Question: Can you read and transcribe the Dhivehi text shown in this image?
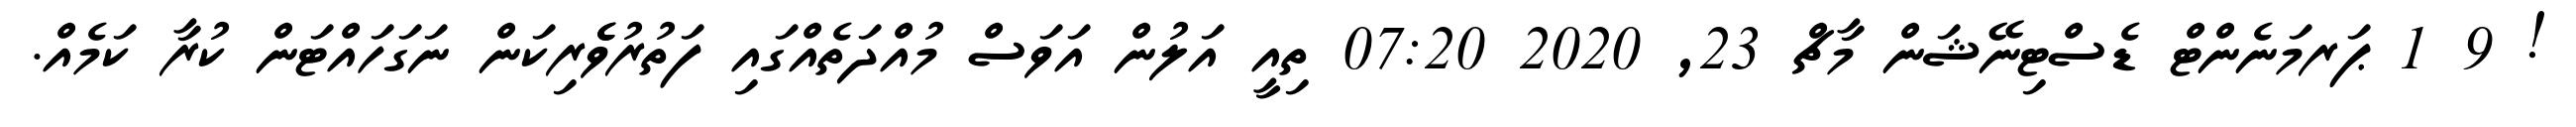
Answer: ! 9 1 ޕަރމަނެންޓް ޑެސްޓިނޭޝަން މާޗް 23, 2020 07:20 ތިއީ އަލުން އަވަސް މުއްދަތެއްގައި ފަތުރުވެެރިކަން ނަގަހައްޓަން ކުރާ ކަމެއް.